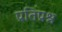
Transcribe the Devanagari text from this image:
प्रतिप्रश्न